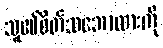
သူ၏စိတ်သဘောထားကို